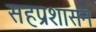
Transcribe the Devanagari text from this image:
सहप्रशासन